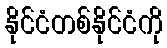
နိုင်ငံတစ်နိုင်ငံကို